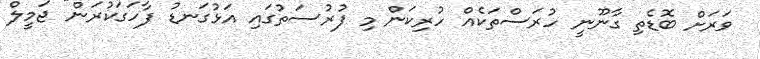
ވަރަށް ބޮޑެތި ގާނޫނީ ހުރަސްތަކެއް ހުރިކަން މި ފުރުސަތުގައި އަޅުގަނޑު ފާހަގަކުރަން" ޖަމީލް